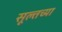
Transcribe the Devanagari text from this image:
सूल्तच्या